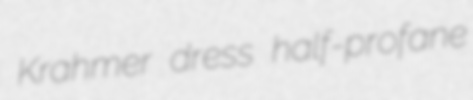
Krahmer dress half-profane